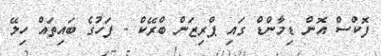
ފޮކްސް އޮން ޑިމާންޑް ގައި ޕްރިޒަން ބްރޭކް - ފަހުގެ ބައިތައް ހިލޭ